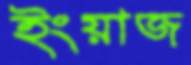
ইংয়াজ